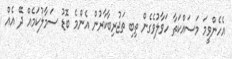
އެހެންވީމަ މަސައްކަތާ ހަވާލުވެގެން ތިބި ތަޖުރިބާކާރުން އެންމެ ބޮޑު ސަމާލުކަމެއް ދޭ އެއް